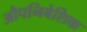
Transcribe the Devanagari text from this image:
औपनिबेशिक